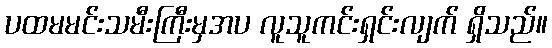
ပထမမင်းသမီးကြီးမှအပ လူသူကင်းရှင်းလျက် ရှိသည်။